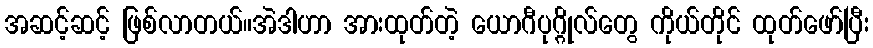
အဆင့်ဆင့် ဖြစ်လာတယ်။အဲဒါဟာ အားထုတ်တဲ့ ယောဂီပုဂ္ဂိုလ်တွေ ကိုယ်တိုင် ထုတ်ဖော်ပြီး